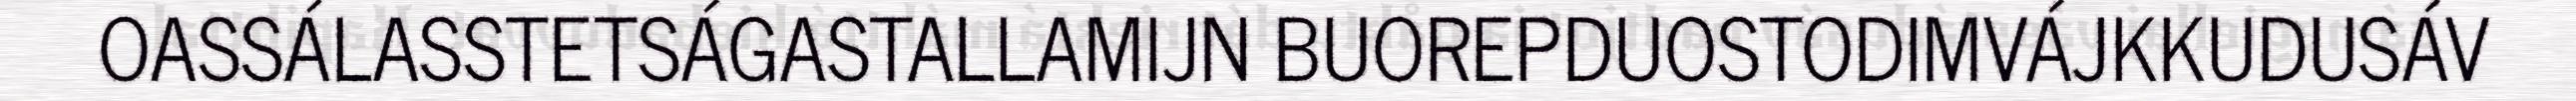
OASSÁLASSTETSÁGASTALLAMIJN BUOREPDUOSTODIMVÁJKKUDUSÁV